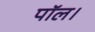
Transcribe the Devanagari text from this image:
पॉल।